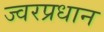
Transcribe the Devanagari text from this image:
ज्वरप्रधान